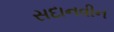
સદાનવીન